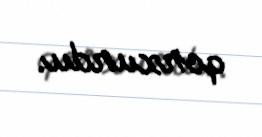
qorxurdu.